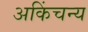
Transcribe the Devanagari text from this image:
अकिंचन्य